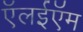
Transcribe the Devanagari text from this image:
ऍलईऍम